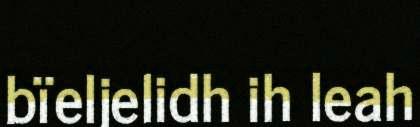
bïeljelidh ih leah